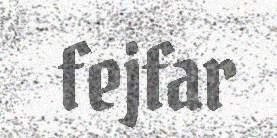
fejfar